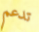
تدعم